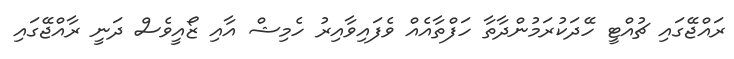
ރައްޖޭގައި ޗުއްޓީ ހޭދަކުރަމުންދާތާ ހަފްތާއެއް ވެފައިވާއިރު ހެމިޝް އާއި ޒޯއީވެސް ދަނީ ރާއްޖޭގައި